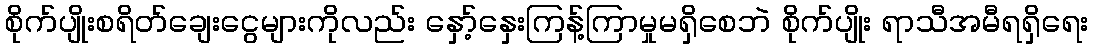
စိုက်ပျိုးစရိတ်ချေးငွေများကိုလည်း နှော့်နှေးကြန့်ကြာမှုမရှိစေဘဲ စိုက်ပျိုး ရာသီအမီရရှိရေး